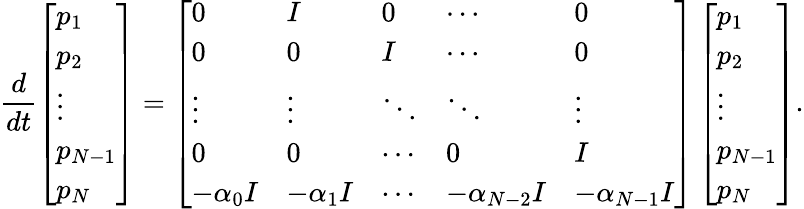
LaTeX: \frac{d}{dt}\left[\begin{array}{l}{p_{1}}\\ {p_{2}}\\ {\vdots}\\ {p_{N-1}}\\ {p_{N}}\end{array}\right]=\left[\begin{array}{lllll}{0}&{I}&{0}&{\cdots}&{0}\\ {0}&{0}&{I}&{\cdots}&{0}\\ {\vdots}&{\vdots}&{\ddots}&{\ddots}&{\vdots}\\ {0}&{0}&{\cdots}&{0}&{I}\\ {-\alpha_{0}I}&{-\alpha_{1}I}&{\cdots}&{-\alpha_{N-2}I}&{-\alpha_{N-1}I}\end{array}\right]\left[\begin{array}{l}{p_{1}}\\ {p_{2}}\\ {\vdots}\\ {p_{N-1}}\\ {p_{N}}\end{array}\right].